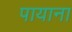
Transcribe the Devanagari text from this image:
पायाना